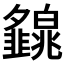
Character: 𤾿